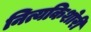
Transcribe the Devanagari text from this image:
नित्यकिशोरी